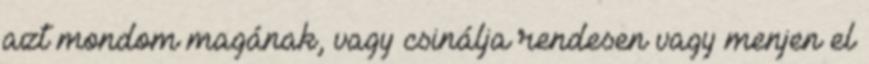
azt mondom magának, vagy csinálja rendesen vagy menjen el